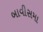
બાવીસમા